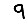
Digit: 9